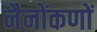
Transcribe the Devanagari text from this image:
नैनोंकणों